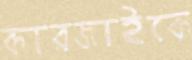
কারজাইকে